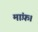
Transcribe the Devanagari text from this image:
मांफ़।